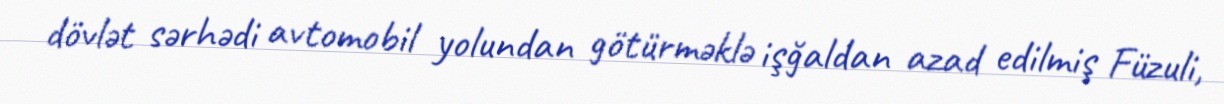
dövlət sərhədi avtomobil yolundan götürməklə işğaldan azad edilmiş Füzuli,